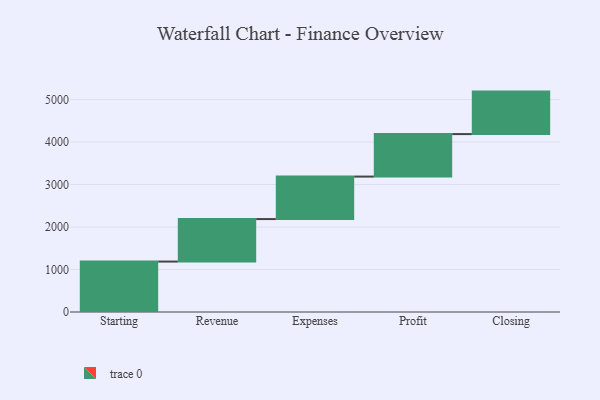
{"axis": {"x": "Step", "y": "Value"}, "legend": [""], "data": [{"x": "Starting", "y": 1187.0, "type": ""}, {"x": "Revenue", "y": 1000, "type": ""}, {"x": "Expenses", "y": 1000, "type": ""}, {"x": "Profit", "y": 1000, "type": ""}, {"x": "Closing", "y": 1000, "type": ""}]}